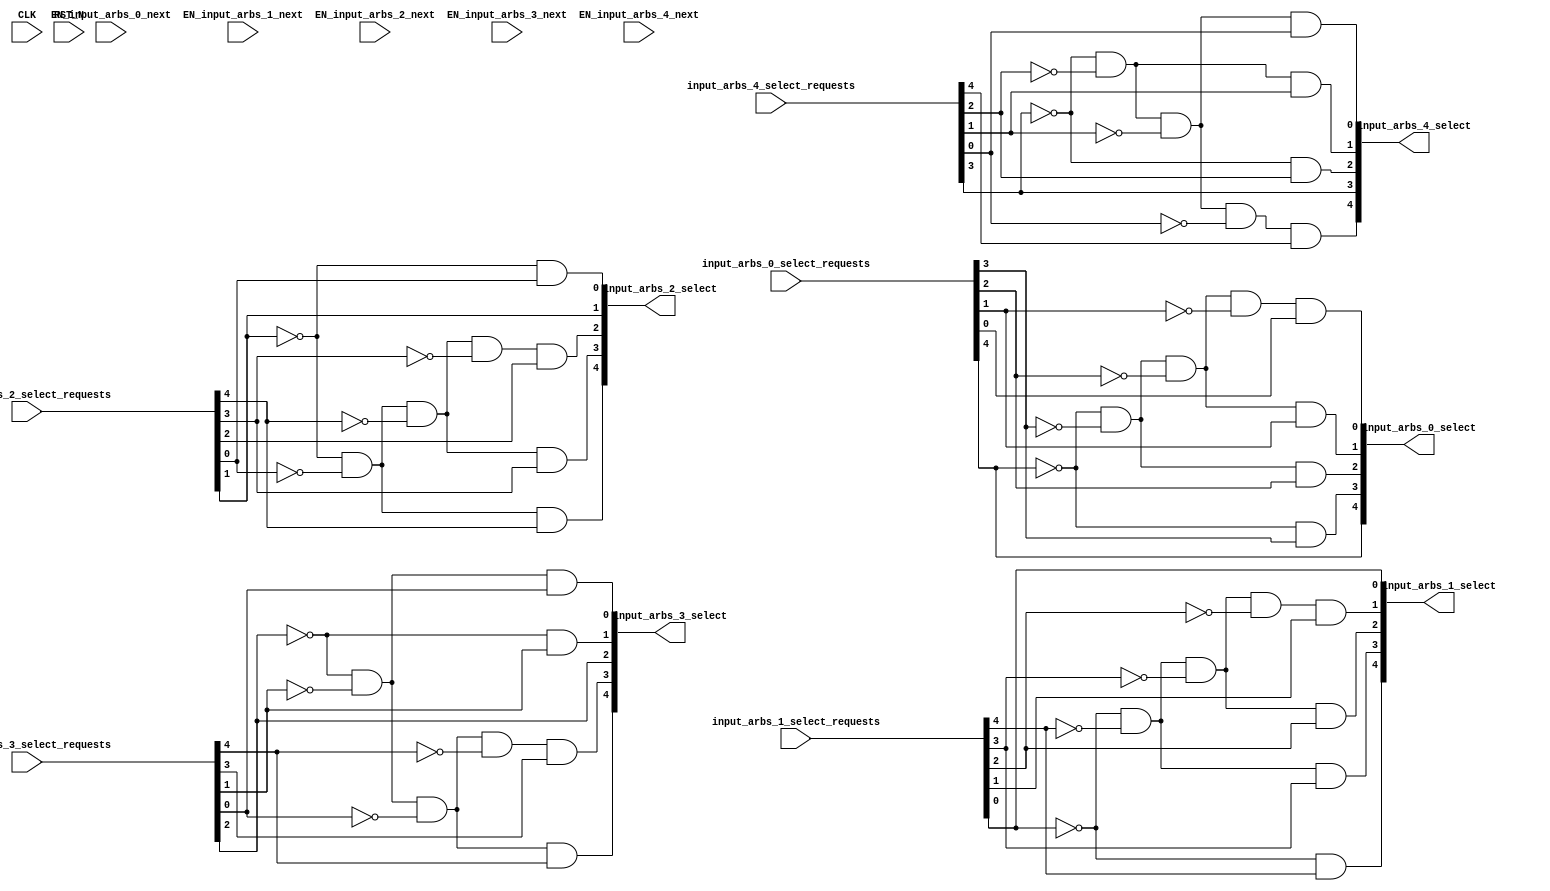
/*
 * These source files contain a hardware description of a network
 * automatically generated by CONNECT (CONfigurable NEtwork Creation Tool).
 *
 * This product includes a hardware design developed by Carnegie Mellon
 * University.
 *
 * Copyright (c) 2012 by Michael K. Papamichael, Carnegie Mellon University
 *
 * For more information, see the CONNECT project website at:
 *   http://www.ece.cmu.edu/~mpapamic/connect
 *
 * This design is provided for internal, non-commercial research use only, 
 * cannot be used for, or in support of, goods or services, and is not for
 * redistribution, with or without modifications.
 * 
 * You may not use the name "Carnegie Mellon University" or derivations
 * thereof to endorse or promote products derived from this software.
 *
 * THE SOFTWARE IS PROVIDED "AS-IS" WITHOUT ANY WARRANTY OF ANY KIND, EITHER
 * EXPRESS, IMPLIED OR STATUTORY, INCLUDING BUT NOT LIMITED TO ANY WARRANTY
 * THAT THE SOFTWARE WILL CONFORM TO SPECIFICATIONS OR BE ERROR-FREE AND ANY
 * IMPLIED WARRANTIES OF MERCHANTABILITY, FITNESS FOR A PARTICULAR PURPOSE,
 * TITLE, OR NON-INFRINGEMENT.  IN NO EVENT SHALL CARNEGIE MELLON UNIVERSITY
 * BE LIABLE FOR ANY DAMAGES, INCLUDING BUT NOT LIMITED TO DIRECT, INDIRECT,
 * SPECIAL OR CONSEQUENTIAL DAMAGES, ARISING OUT OF, RESULTING FROM, OR IN
 * ANY WAY CONNECTED WITH THIS SOFTWARE (WHETHER OR NOT BASED UPON WARRANTY,
 * CONTRACT, TORT OR OTHERWISE).
 *
 */


//
// Generated by Bluespec Compiler, version 2012.01.A (build 26572, 2012-01-17)
//
// On Thu Oct 30 05:09:18 EDT 2014
//
// Method conflict info:
// Method: input_arbs_0_select
// Conflict-free: input_arbs_0_select,
// 	       input_arbs_0_next,
// 	       input_arbs_1_select,
// 	       input_arbs_1_next,
// 	       input_arbs_2_select,
// 	       input_arbs_2_next,
// 	       input_arbs_3_select,
// 	       input_arbs_3_next,
// 	       input_arbs_4_select,
// 	       input_arbs_4_next
//
// Method: input_arbs_0_next
// Conflict-free: input_arbs_0_select,
// 	       input_arbs_0_next,
// 	       input_arbs_1_select,
// 	       input_arbs_1_next,
// 	       input_arbs_2_select,
// 	       input_arbs_2_next,
// 	       input_arbs_3_select,
// 	       input_arbs_3_next,
// 	       input_arbs_4_select,
// 	       input_arbs_4_next
//
// Method: input_arbs_1_select
// Conflict-free: input_arbs_0_select,
// 	       input_arbs_0_next,
// 	       input_arbs_1_select,
// 	       input_arbs_1_next,
// 	       input_arbs_2_select,
// 	       input_arbs_2_next,
// 	       input_arbs_3_select,
// 	       input_arbs_3_next,
// 	       input_arbs_4_select,
// 	       input_arbs_4_next
//
// Method: input_arbs_1_next
// Conflict-free: input_arbs_0_select,
// 	       input_arbs_0_next,
// 	       input_arbs_1_select,
// 	       input_arbs_1_next,
// 	       input_arbs_2_select,
// 	       input_arbs_2_next,
// 	       input_arbs_3_select,
// 	       input_arbs_3_next,
// 	       input_arbs_4_select,
// 	       input_arbs_4_next
//
// Method: input_arbs_2_select
// Conflict-free: input_arbs_0_select,
// 	       input_arbs_0_next,
// 	       input_arbs_1_select,
// 	       input_arbs_1_next,
// 	       input_arbs_2_select,
// 	       input_arbs_2_next,
// 	       input_arbs_3_select,
// 	       input_arbs_3_next,
// 	       input_arbs_4_select,
// 	       input_arbs_4_next
//
// Method: input_arbs_2_next
// Conflict-free: input_arbs_0_select,
// 	       input_arbs_0_next,
// 	       input_arbs_1_select,
// 	       input_arbs_1_next,
// 	       input_arbs_2_select,
// 	       input_arbs_2_next,
// 	       input_arbs_3_select,
// 	       input_arbs_3_next,
// 	       input_arbs_4_select,
// 	       input_arbs_4_next
//
// Method: input_arbs_3_select
// Conflict-free: input_arbs_0_select,
// 	       input_arbs_0_next,
// 	       input_arbs_1_select,
// 	       input_arbs_1_next,
// 	       input_arbs_2_select,
// 	       input_arbs_2_next,
// 	       input_arbs_3_select,
// 	       input_arbs_3_next,
// 	       input_arbs_4_select,
// 	       input_arbs_4_next
//
// Method: input_arbs_3_next
// Conflict-free: input_arbs_0_select,
// 	       input_arbs_0_next,
// 	       input_arbs_1_select,
// 	       input_arbs_1_next,
// 	       input_arbs_2_select,
// 	       input_arbs_2_next,
// 	       input_arbs_3_select,
// 	       input_arbs_3_next,
// 	       input_arbs_4_select,
// 	       input_arbs_4_next
//
// Method: input_arbs_4_select
// Conflict-free: input_arbs_0_select,
// 	       input_arbs_0_next,
// 	       input_arbs_1_select,
// 	       input_arbs_1_next,
// 	       input_arbs_2_select,
// 	       input_arbs_2_next,
// 	       input_arbs_3_select,
// 	       input_arbs_3_next,
// 	       input_arbs_4_select,
// 	       input_arbs_4_next
//
// Method: input_arbs_4_next
// Conflict-free: input_arbs_0_select,
// 	       input_arbs_0_next,
// 	       input_arbs_1_select,
// 	       input_arbs_1_next,
// 	       input_arbs_2_select,
// 	       input_arbs_2_next,
// 	       input_arbs_3_select,
// 	       input_arbs_3_next,
// 	       input_arbs_4_select,
// 	       input_arbs_4_next
//
//
// Ports:
// Name                         I/O  size props
// input_arbs_0_select            O     5
// input_arbs_1_select            O     5
// input_arbs_2_select            O     5
// input_arbs_3_select            O     5
// input_arbs_4_select            O     5
// CLK                            I     1 unused
// RST_N                          I     1 unused
// input_arbs_0_select_requests   I     5
// input_arbs_1_select_requests   I     5
// input_arbs_2_select_requests   I     5
// input_arbs_3_select_requests   I     5
// input_arbs_4_select_requests   I     5
// EN_input_arbs_0_next           I     1 unused
// EN_input_arbs_1_next           I     1 unused
// EN_input_arbs_2_next           I     1 unused
// EN_input_arbs_3_next           I     1 unused
// EN_input_arbs_4_next           I     1 unused
//
// Combinational paths from inputs to outputs:
//   input_arbs_0_select_requests -> input_arbs_0_select
//   input_arbs_1_select_requests -> input_arbs_1_select
//   input_arbs_2_select_requests -> input_arbs_2_select
//   input_arbs_3_select_requests -> input_arbs_3_select
//   input_arbs_4_select_requests -> input_arbs_4_select
//
//

`ifdef BSV_ASSIGNMENT_DELAY
`else
`define BSV_ASSIGNMENT_DELAY
`endif

module mkRouterInputArbitersStatic(CLK,
				   RST_N,

				   input_arbs_0_select_requests,
				   input_arbs_0_select,

				   EN_input_arbs_0_next,

				   input_arbs_1_select_requests,
				   input_arbs_1_select,

				   EN_input_arbs_1_next,

				   input_arbs_2_select_requests,
				   input_arbs_2_select,

				   EN_input_arbs_2_next,

				   input_arbs_3_select_requests,
				   input_arbs_3_select,

				   EN_input_arbs_3_next,

				   input_arbs_4_select_requests,
				   input_arbs_4_select,

				   EN_input_arbs_4_next);
  input  CLK;
  input  RST_N;

  // value method input_arbs_0_select
  input  [4 : 0] input_arbs_0_select_requests;
  output [4 : 0] input_arbs_0_select;

  // action method input_arbs_0_next
  input  EN_input_arbs_0_next;

  // value method input_arbs_1_select
  input  [4 : 0] input_arbs_1_select_requests;
  output [4 : 0] input_arbs_1_select;

  // action method input_arbs_1_next
  input  EN_input_arbs_1_next;

  // value method input_arbs_2_select
  input  [4 : 0] input_arbs_2_select_requests;
  output [4 : 0] input_arbs_2_select;

  // action method input_arbs_2_next
  input  EN_input_arbs_2_next;

  // value method input_arbs_3_select
  input  [4 : 0] input_arbs_3_select_requests;
  output [4 : 0] input_arbs_3_select;

  // action method input_arbs_3_next
  input  EN_input_arbs_3_next;

  // value method input_arbs_4_select
  input  [4 : 0] input_arbs_4_select_requests;
  output [4 : 0] input_arbs_4_select;

  // action method input_arbs_4_next
  input  EN_input_arbs_4_next;

  // signals for module outputs
  wire [4 : 0] input_arbs_0_select,
	       input_arbs_1_select,
	       input_arbs_2_select,
	       input_arbs_3_select,
	       input_arbs_4_select;

  // value method input_arbs_0_select
  assign input_arbs_0_select =
	     { input_arbs_0_select_requests[4],
	       !input_arbs_0_select_requests[4] &&
	       input_arbs_0_select_requests[3],
	       !input_arbs_0_select_requests[4] &&
	       !input_arbs_0_select_requests[3] &&
	       input_arbs_0_select_requests[2],
	       !input_arbs_0_select_requests[4] &&
	       !input_arbs_0_select_requests[3] &&
	       !input_arbs_0_select_requests[2] &&
	       input_arbs_0_select_requests[1],
	       !input_arbs_0_select_requests[4] &&
	       !input_arbs_0_select_requests[3] &&
	       !input_arbs_0_select_requests[2] &&
	       !input_arbs_0_select_requests[1] &&
	       input_arbs_0_select_requests[0] } ;

  // value method input_arbs_1_select
  assign input_arbs_1_select =
	     { !input_arbs_1_select_requests[0] &&
	       input_arbs_1_select_requests[4],
	       !input_arbs_1_select_requests[0] &&
	       !input_arbs_1_select_requests[4] &&
	       input_arbs_1_select_requests[3],
	       !input_arbs_1_select_requests[0] &&
	       !input_arbs_1_select_requests[4] &&
	       !input_arbs_1_select_requests[3] &&
	       input_arbs_1_select_requests[2],
	       !input_arbs_1_select_requests[0] &&
	       !input_arbs_1_select_requests[4] &&
	       !input_arbs_1_select_requests[3] &&
	       !input_arbs_1_select_requests[2] &&
	       input_arbs_1_select_requests[1],
	       input_arbs_1_select_requests[0] } ;

  // value method input_arbs_2_select
  assign input_arbs_2_select =
	     { !input_arbs_2_select_requests[1] &&
	       !input_arbs_2_select_requests[0] &&
	       input_arbs_2_select_requests[4],
	       !input_arbs_2_select_requests[1] &&
	       !input_arbs_2_select_requests[0] &&
	       !input_arbs_2_select_requests[4] &&
	       input_arbs_2_select_requests[3],
	       !input_arbs_2_select_requests[1] &&
	       !input_arbs_2_select_requests[0] &&
	       !input_arbs_2_select_requests[4] &&
	       !input_arbs_2_select_requests[3] &&
	       input_arbs_2_select_requests[2],
	       input_arbs_2_select_requests[1],
	       !input_arbs_2_select_requests[1] &&
	       input_arbs_2_select_requests[0] } ;

  // value method input_arbs_3_select
  assign input_arbs_3_select =
	     { !input_arbs_3_select_requests[2] &&
	       !input_arbs_3_select_requests[1] &&
	       !input_arbs_3_select_requests[0] &&
	       input_arbs_3_select_requests[4],
	       !input_arbs_3_select_requests[2] &&
	       !input_arbs_3_select_requests[1] &&
	       !input_arbs_3_select_requests[0] &&
	       !input_arbs_3_select_requests[4] &&
	       input_arbs_3_select_requests[3],
	       input_arbs_3_select_requests[2],
	       !input_arbs_3_select_requests[2] &&
	       input_arbs_3_select_requests[1],
	       !input_arbs_3_select_requests[2] &&
	       !input_arbs_3_select_requests[1] &&
	       input_arbs_3_select_requests[0] } ;

  // value method input_arbs_4_select
  assign input_arbs_4_select =
	     { !input_arbs_4_select_requests[3] &&
	       !input_arbs_4_select_requests[2] &&
	       !input_arbs_4_select_requests[1] &&
	       !input_arbs_4_select_requests[0] &&
	       input_arbs_4_select_requests[4],
	       input_arbs_4_select_requests[3],
	       !input_arbs_4_select_requests[3] &&
	       input_arbs_4_select_requests[2],
	       !input_arbs_4_select_requests[3] &&
	       !input_arbs_4_select_requests[2] &&
	       input_arbs_4_select_requests[1],
	       !input_arbs_4_select_requests[3] &&
	       !input_arbs_4_select_requests[2] &&
	       !input_arbs_4_select_requests[1] &&
	       input_arbs_4_select_requests[0] } ;
endmodule  // mkRouterInputArbitersStatic